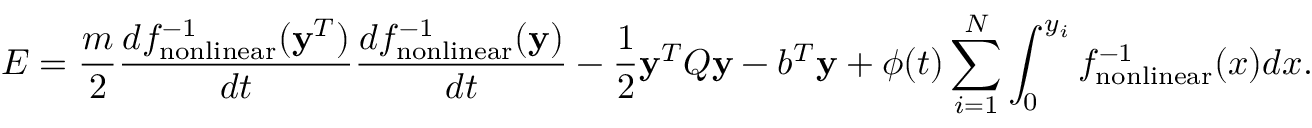
E = \frac { m } { 2 } \frac { d f _ { \mathrm { n o n l i n e a r } } ^ { - 1 } ( { \bf y } ^ { T } ) } { d t } \frac { d f _ { \mathrm { n o n l i n e a r } } ^ { - 1 } ( { \bf y } ) } { d t } - \frac { 1 } { 2 } { \bf y } ^ { T } Q { \bf y } - b ^ { T } { \bf y } + \phi ( t ) \sum _ { i = 1 } ^ { N } \int _ { 0 } ^ { y _ { i } } f _ { \mathrm { n o n l i n e a r } } ^ { - 1 } ( x ) d x .